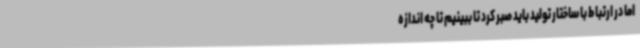
اما در ارتباط با ساختار تولید باید صبر کرد تا ببینیم تا چه اندازه